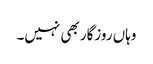
وہاں روزگار بھی نہیں۔